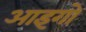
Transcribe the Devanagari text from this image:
आइगो